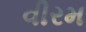
વીરમ